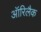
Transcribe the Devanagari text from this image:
ऑरिलैक